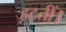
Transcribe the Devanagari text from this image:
हटतीं।